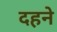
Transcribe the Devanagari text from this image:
दहने